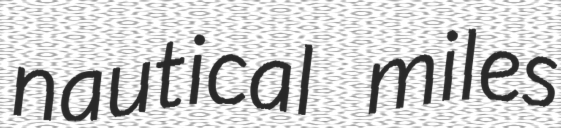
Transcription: nautical miles